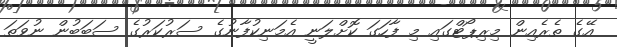
އޭގެ ތެރެއިން މިރިޕޯޓްގައި މި ފާހަގަ ކޮށްލަނީ އެމަނިކުފާނުގެ ސަރުކަރުގެ ސަބަބުން ނުވަތަ